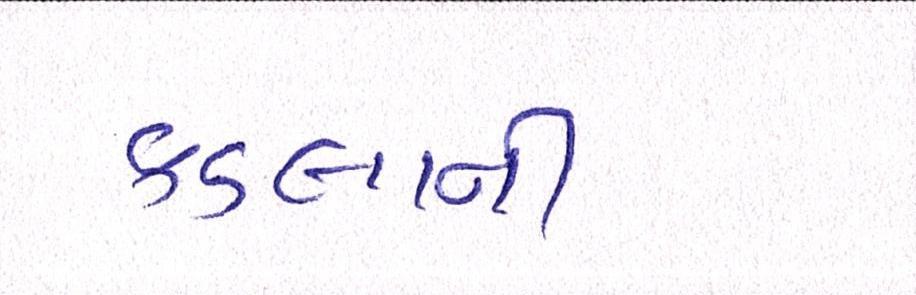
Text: કડલાની